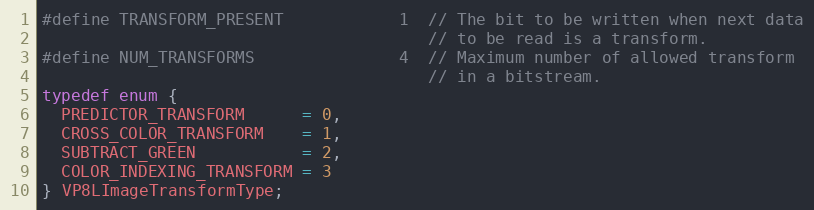
Language: C
#define TRANSFORM_PRESENT            1  // The bit to be written when next data
                                        // to be read is a transform.
#define NUM_TRANSFORMS               4  // Maximum number of allowed transform
                                        // in a bitstream.
typedef enum {
  PREDICTOR_TRANSFORM      = 0,
  CROSS_COLOR_TRANSFORM    = 1,
  SUBTRACT_GREEN           = 2,
  COLOR_INDEXING_TRANSFORM = 3
} VP8LImageTransformType;